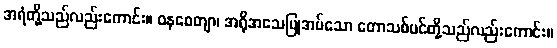
အရံတို့သည်လည်းကောင်း။ ဝနစေတျာ၊ အရိုအသေပြုအပ်သော တောသစ်ပင်တို့သည်လည်းကောင်း။